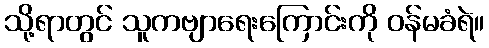
သို့ရာတွင် သူကဗျာရေးကြောင်းကို ဝန်မခံရဲ။